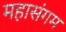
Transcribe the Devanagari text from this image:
महासंगम